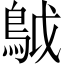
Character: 𩿠